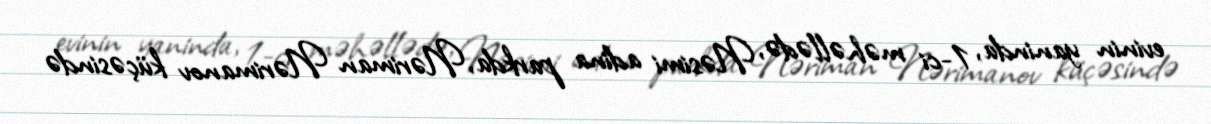
evinin yaninda, 1-ci məhəllədə, Nəsimi adina parkda, Nəriman Nərimanov küçəsində